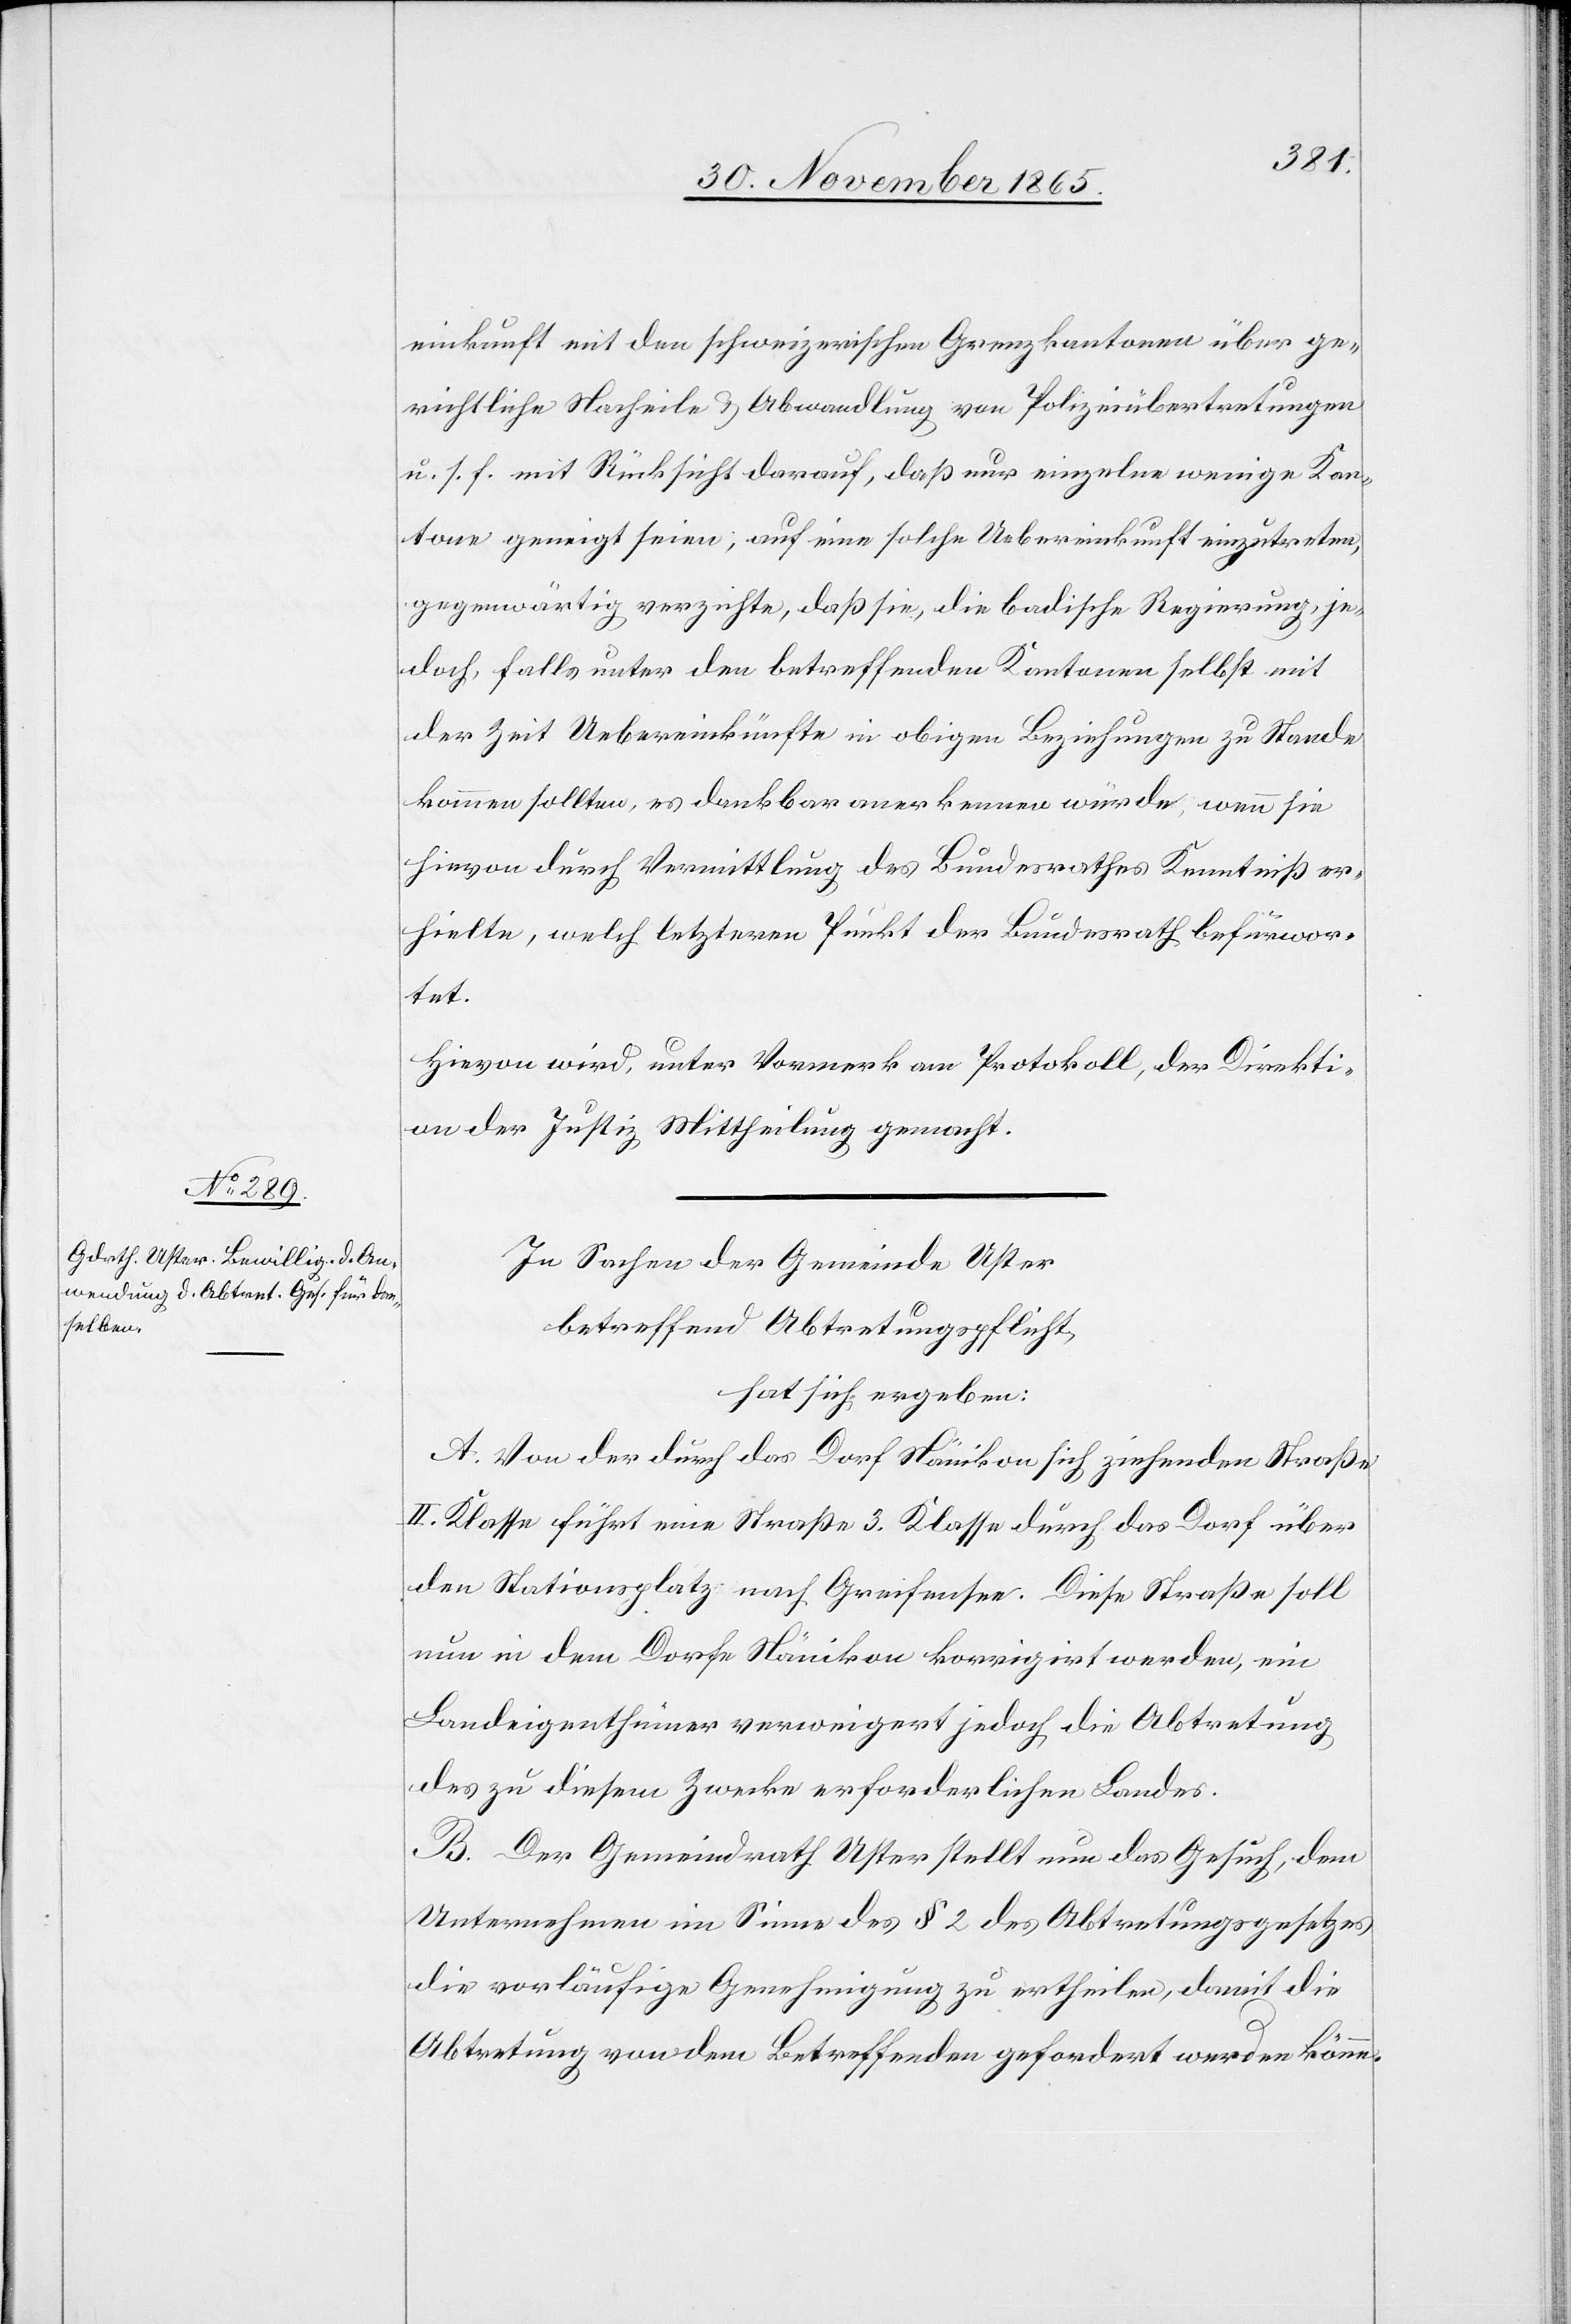
einkunft mit den schweizerischen Grenzkantonen über ge¬
richtliche Nacheile & Abwandlung von Polizeiübertretungen
u. s. f. mit Rücksicht darauf, daß nur einzelne wenige Kan¬
tone geneigt seien, auf eine solche Uebereinkunft einzutreten,
gegenwärtig verzichte, daß sie, die badische Regierung, je¬
doch, falls unter den betreffenden Kantonen selbst mit
der Zeit Uebereinkünfte in obigen Beziehungen zu Stande
kommen sollten, es dankbar anerkennen würde, wenn sie
hievon durch Vermittlung des Bundesrathes Kenntniß er¬
hielte, welch letzteren Punkt der Bundesrath befürwor¬
tet.
Hievon wird, unter Vormerk am Protokoll, der Direkti¬
on der Justiz Mittheilung gemacht.
In Sachen der Gemeinde Uster
betreffend Abtretungspflicht,
hat sich ergeben:
A. Von der durch das Dorf Nänikon sich ziehenden Straße
II. Klasse führt eine Straße 3. Klasse durch das Dorf über
den Stationsplatz nach Greifensee. Diese Straße soll
nun in dem Dorfe Nänikon korrigirt werden, ein
Landeigenthümer verweigert jedoch die Abtretung
des zu diesem Zwecke erforderlichen Landes.
B. Der Gemeindrath Uster stellt nun das Gesuch, dem
Unternehmen im Sinne des § 2 des Abtretungsgesetzes
die vorläufige Genehmigung zu ertheilen, damit die
Abtretung von dem Betreffenden gefordert werden könne.